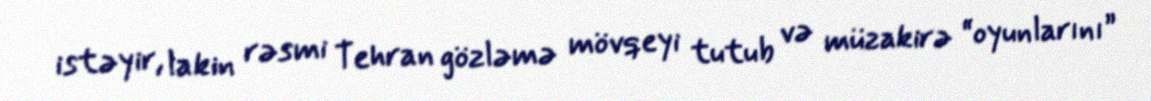
istəyir, lakin rəsmi Tehran gözləmə mövqeyi tutub və müzakirə “oyunlarını”